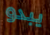
يبدو